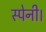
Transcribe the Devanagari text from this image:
स्पेनी।